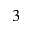
3